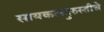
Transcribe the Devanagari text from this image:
सायकलदुरुस्तीचे